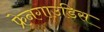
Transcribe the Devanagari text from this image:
फ्रेनगाउडिस